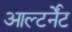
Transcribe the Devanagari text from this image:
आल्टर्नेंट